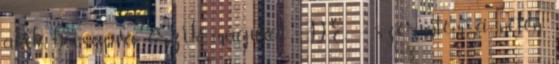
akik becsapva érzik magukat DE. - szerintem a neten